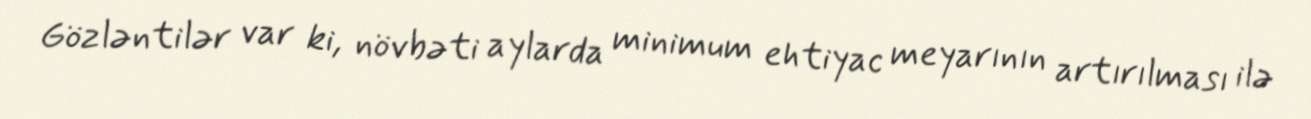
Gözləntilər var ki, növbəti aylarda minimum ehtiyac meyarının artırılması ilə